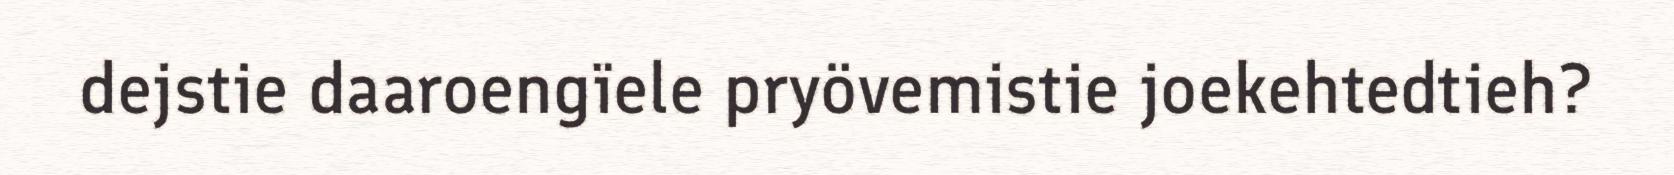
dejstie daaroengïele pryövemistie joekehtedtieh?